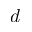
\bar { d }